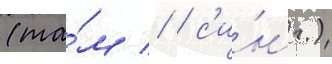
(та́м // / с'и́нг.)